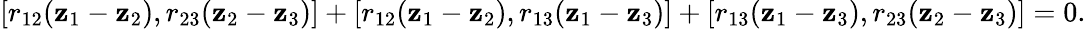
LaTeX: [r_{12}(\mathbf{z}_{1}-\mathbf{z}_{2}),r_{23}(\mathbf{z}_{2}-\mathbf{z}_{3})]+[r_{12}(\mathbf{z}_{1}-\mathbf{z}_{2}),r_{13}(\mathbf{z}_{1}-\mathbf{z}_{3})]+[r_{13}(\mathbf{z}_{1}-\mathbf{z}_{3}),r_{23}(\mathbf{z}_{2}-\mathbf{z}_{3})]=0.